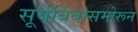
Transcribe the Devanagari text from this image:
सूर्यबिंबासमोरून